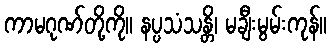
ကာမဂုဏ်တို့ကို။ နပ္ပသံသန္တိ၊ မချီးမွမ်းကုန်။